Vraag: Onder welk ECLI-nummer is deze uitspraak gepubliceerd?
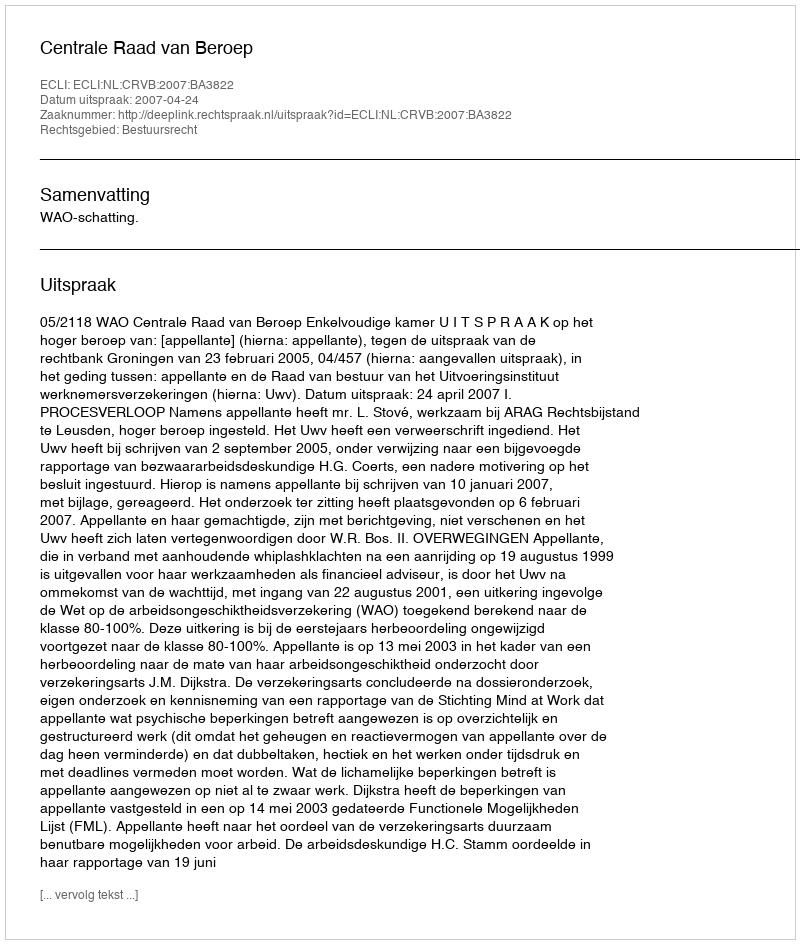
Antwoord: ECLI:NL:CRVB:2007:BA3822